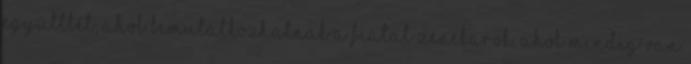
együttlét, ahol bemutatkozhatnak a fiatal zenekarok, ahol mindig van